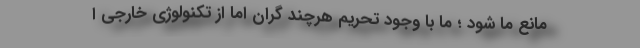
مانع ما شود ؛ ما با وجود تحریم هرچند گران اما از تکنولوژی خارجی ا